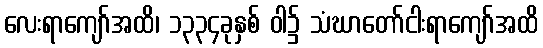
လေးရာကျော်အထိ၊ ၁၃၃၄ခုနှစ် ဝါ၌ သံဃာတော်ငါးရာကျော်အထိ